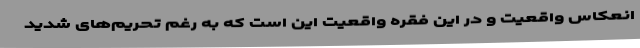
انعکاس واقعیت و در این فقره واقعیت این است که به رغم تحریم‌های شدید